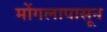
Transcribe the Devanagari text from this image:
मोंगलापासून